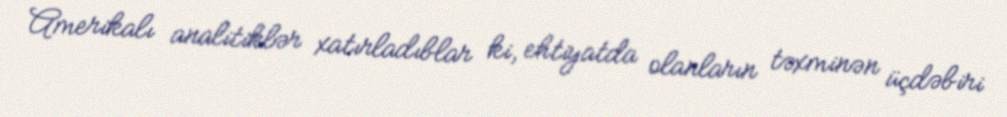
Amerikalı analitiklər xatırladıblar ki, ehtiyatda olanların təxminən üçdəbiri